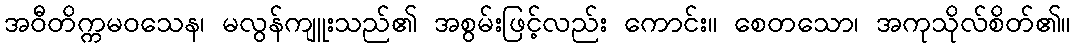
အဝီတိက္ကမဝသေန၊ မလွန်ကျူးသည်၏ အစွမ်းဖြင့်လည်း ကောင်း။ စေတသော၊ အကုသိုလ်စိတ်၏။